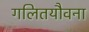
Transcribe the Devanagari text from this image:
गलितयौवना